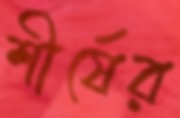
শীর্ষের